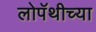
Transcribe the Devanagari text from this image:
लोपॅथीच्या